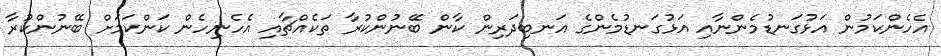
އެހެންކަމުން އަޅުގަނޑުމެންނާއި އަޅުގަނޑުމެންގެ އަނބިދަރިން ކާން ބޭނުންކުރާ ތަކެއްޗާއި އެހެނިހެން ކަންކަމަށް ބޭނުންކުރާ